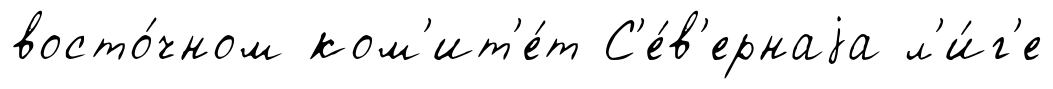
восто́чном ком'ит'е́т С'е́в'ернаjа л'и́г'е